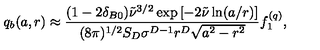
q _ { b } ( a , r ) \approx \frac { ( 1 - 2 \delta _ { B 0 } ) \tilde { \nu } ^ { 3 / 2 } \exp \left[ - 2 \tilde { \nu } \ln ( a / r ) \right] } { ( 8 \pi ) ^ { 1 / 2 } S _ { D } \sigma ^ { D - 1 } r ^ { D } \sqrt { a ^ { 2 } - r ^ { 2 } } } f _ { 1 } ^ { ( q ) } ,